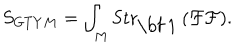
\displaystyle { S _ { G T Y M } = \int _ { M } \mathrm { S t r } _ { \mathrm { \bf ~ 1 } } \left( \mathcal { F } \mathcal { F } \right) } .